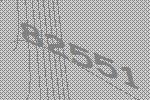
82551